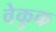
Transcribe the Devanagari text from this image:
वेकुक